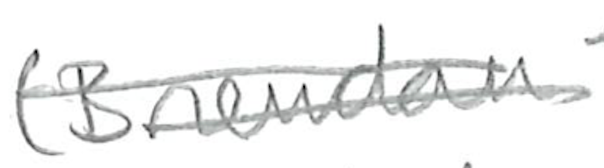
Text: (Brendan
Cross-out: mix
Writing tool: pencil